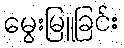
မွေးမြူခြင်း